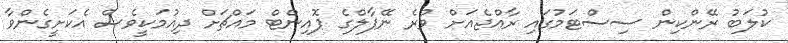
ކުލަބު ރޭންކިން ސިސްޓަމުގައި ރާއްޖެއަށް ވުރެ ނޭޕާލްގެ ޕޮއިންޓް މައްޗަށް ދިއުމަކީވެސް އެކަށީގެންވާ